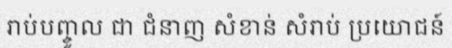
រាប់បញ្ចូល ជា ជំនាញ សំខាន់ សំរាប់ ប្រយោជន៍